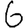
Digit: 6